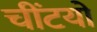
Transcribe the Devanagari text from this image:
चींटयों